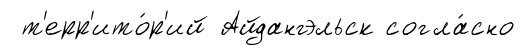
т'ерр'ито́р'ий Айдангэльск согла́сно